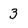
Character: 3